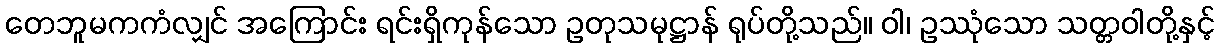
တေဘူမကကံလျှင် အကြောင်း ရင်းရှိကုန်သော ဥတုသမုဋ္ဌာန် ရုပ်တို့သည်။ ဝါ၊ ဥဿုံသော သတ္တဝါတို့နှင့်